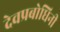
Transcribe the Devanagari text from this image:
देवप्रबोधिनी